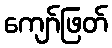
ကျော်ဖြတ်